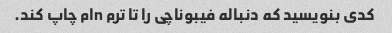
کدی بنویسید که دنباله فیبوناچی را تا ترم nام چاپ کند.